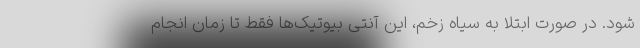
شود. در صورت ابتلا به سیاه زخم، این آنتی بیوتیک‌ها فقط تا زمان انجام